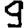
Digit: 9